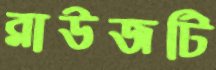
ব্লাউজটি